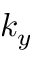
k _ { y }